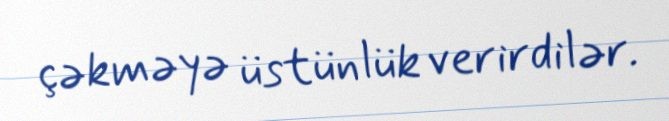
çəkməyə üstünlük verirdilər.